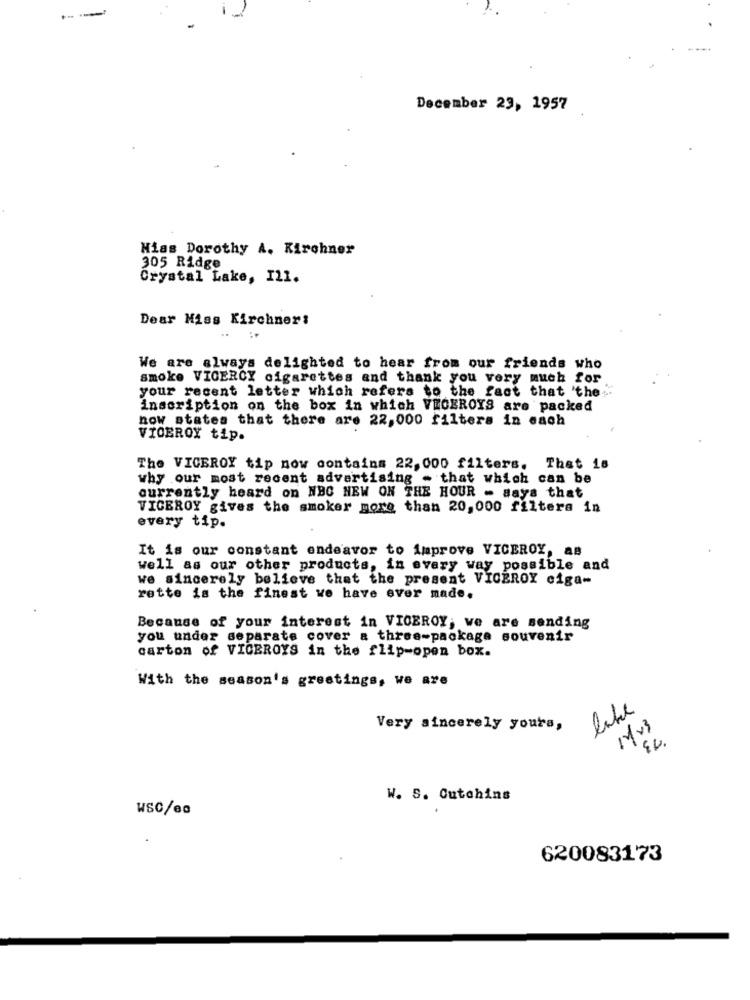
---
December 23, 1957
Hiss Dorothy A. Kirchner
305 Ridge
Crystal Lake, Il1.
Dear Miss Kirchner:
We are always delighted to hear from our friends who
smoke VICEROY cigarettes and thank you very much for
your recent letter which refers to the fact that 'the ;.
inscription on the box in which VEGEROYS are packed
now states that there are 22,000 filters in each
VICEROY tip.
The VICEROY tip now contains 22, 000 filters. That is
why our most recent advertising - that which can be
currently heard on NBC NEW ON THE HOUR - says that
VICEROY gives the smoker more than 20, 000 filters in
every tip.
It is our constant endeavor to improve VICEROY, aB
well as our other products, in every way possible and
we sincerely believe that the present VICEROY ciga-
rette is the finest we have ever made.
Because of your interest in VICEROY; we are sending
you under separate cover a three-package souvenir
carton of VICEROYS in the flip-open box.
With the season's greetings, we are
lite
Very sincerely yours,
Mv3
W. S. Cutchins
WSC/ea
620083173